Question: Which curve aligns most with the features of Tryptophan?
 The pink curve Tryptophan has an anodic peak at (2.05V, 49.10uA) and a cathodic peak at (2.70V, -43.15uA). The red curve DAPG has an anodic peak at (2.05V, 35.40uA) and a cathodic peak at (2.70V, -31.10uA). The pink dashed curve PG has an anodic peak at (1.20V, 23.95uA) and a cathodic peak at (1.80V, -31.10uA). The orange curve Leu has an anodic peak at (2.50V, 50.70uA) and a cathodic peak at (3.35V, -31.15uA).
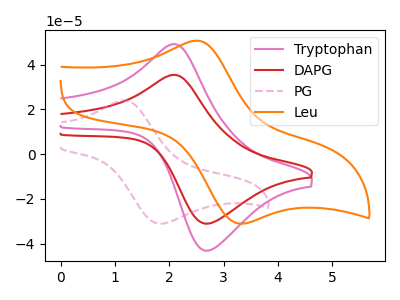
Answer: <think>All the peaks in "Tryptophan" have a peak in "DAPG" at the same potential. Every peak in "Tryptophan" is higher than every peak in "DAPG". "Tryptophan" and "PG" have at least one peak that do not match. "Tryptophan" and "Leu" have at least one peak that do not match. "DAPG" and "PG" have at least one peak that do not match. "DAPG" and "Leu" have at least one peak that do not match. "PG" and "Leu" have at least one peak that do not match.
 </think>
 <answer>The CV with the most similar shape to "DAPG" is "Tryptophan".</answer>
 <eval>"Tryptophan"</eval>